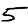
Digit: 5